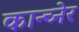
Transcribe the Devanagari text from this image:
कान्च्नेर